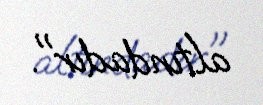
altındadır".